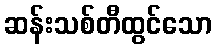
ဆန်းသစ်တီထွင်သော